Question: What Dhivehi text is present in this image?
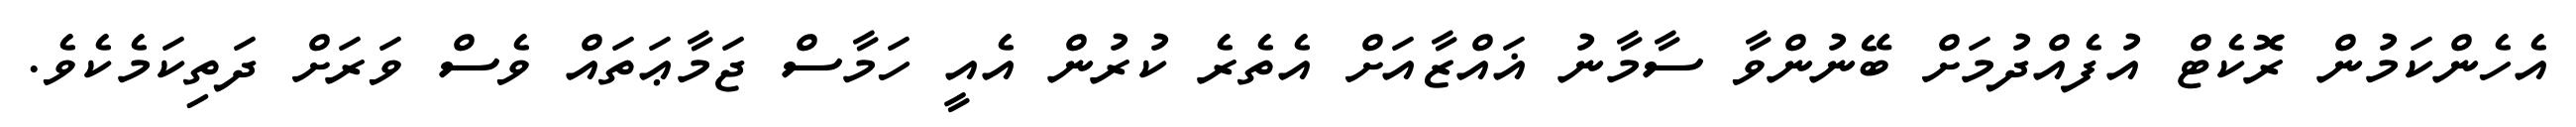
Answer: އެހެންކަމުން ރޮކެޓް އުފެއްދުމަށް ބޭނުންވާ ސާމާނު ޣައްޒާއަށް އެތެރެ ކުރުން އެއީ ހަމާސް ޖަމާޢަތައް ވެސް ވަރަށް ދަތިކަމެކެވެ.